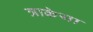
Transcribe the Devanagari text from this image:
त्राकेया